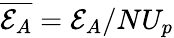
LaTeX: \overline{{\mathcal{E}_{A}}}={\mathcal{E}_{A}}/NU_{p}